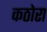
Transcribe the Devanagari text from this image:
कठोरा